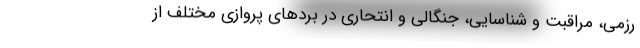
رزمی، مراقبت و شناسایی، جنگالی و انتحاری در بردهای پروازی مختلف از